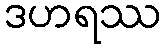
ဒဟရဿ